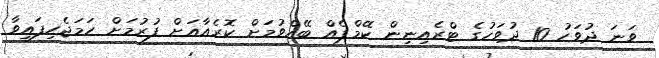
ވަނަ ދުވަހު 10 ދުވަހުގެ ޓްރެއިނިން ކޭމްޕެއް ބޭއްވުމަށް ކޮރެއާއަށް ފުރުމަށް ހަމަޖެހިފައިވާ